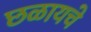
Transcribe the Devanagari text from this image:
छळायचे